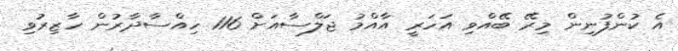
އެ ކުންފުނިން މިރޭ ބޭއްވި އަހަރީ އާއްމު ޖަލްސާއަށް 116 ހިއްސާދާރުން ހާޒިރުވި